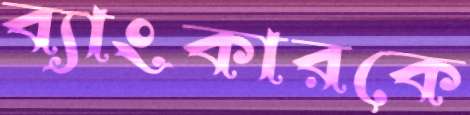
ব্যাংকারকে